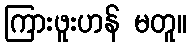
ကြားဖူးဟန် မတူ။